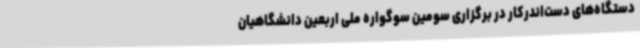
دستگاه‌های دست‌اندرکار در برگزاری سومین سوگواره ملی اربعین دانشگاهیان